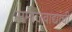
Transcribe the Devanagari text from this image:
समाजवाद्यांची